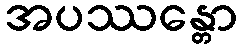
အပဿန္တော